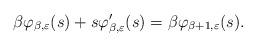
LaTeX: \begin{align*} \beta \varphi_{\beta,\varepsilon}(s) + s \varphi_{\beta,\varepsilon}'(s) = \beta \varphi_{\beta+1,\varepsilon}(s). \end{align*}